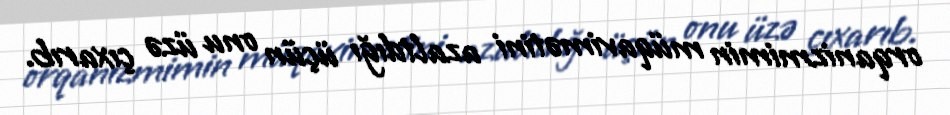
orqanizmimin müqavimətini azaltdığı üçün onu üzə çıxarıb.